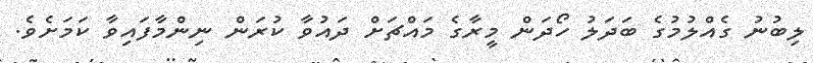
ލިބުނު ގެއްލުމުގެ ބަދަލު ހޯދަން މީރާގެ މައްޗަށް ދައުވާ ކުރަން ނިންމާފައިވާ ކަމަށެވެ.